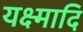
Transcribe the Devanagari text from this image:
यक्ष्मादि